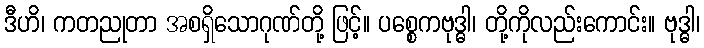
ဒီဟိ၊ ကတညုတာ အစရှိသောဂုဏ်တို့ ဖြင့်။ ပစ္စေကဗုဒ္ဓါ၊ တို့ကိုလည်းကောင်း။ ဗုဒ္ဓါ၊